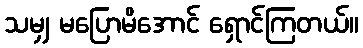
သမျှ မပြောမိအောင် ရှောင်ကြတယ်။